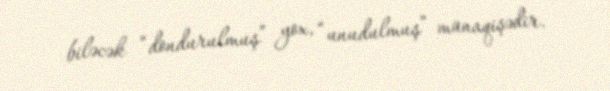
biləcək “dondurulmuş” yox, “unudulmuş” münaqişədir.